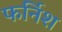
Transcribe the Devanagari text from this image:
फर्निश